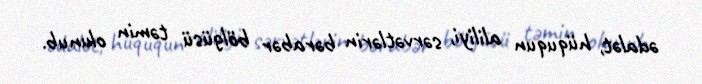
ədalət, hüququn aliliyi, sərvətlərin bərabər bölgüsü təmin olunub.